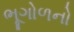
ભૂગોળનો